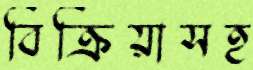
বিক্রিয়াসহ